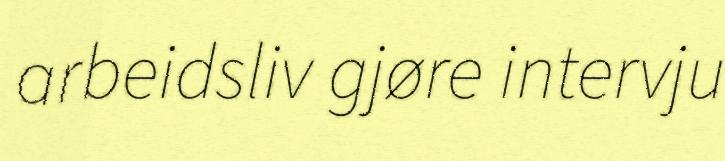
arbeidsliv gjøre intervju